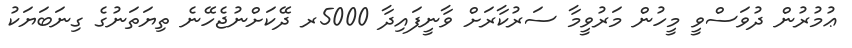
ޢުމުރުން ދުވަސްވީ މީހުން މަރުވީމާ ސަރުކާރަށް ވާނީފައިދާ 5000ރ ދޭކަށްނުޖެހޭނެ ތިޔަތަނުގެ ގިނަބަޔަކު